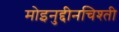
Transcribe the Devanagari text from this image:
मोइनुद्दीनचिश्ती